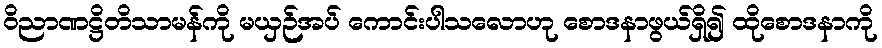
ဝိညာဏဋ္ဌိတိသာမန်ကို မယှဉ်အပ် ကောင်းပါသလောဟု စောဒနာဖွယ်ရှိ၍ ထိုစောဒနာကို